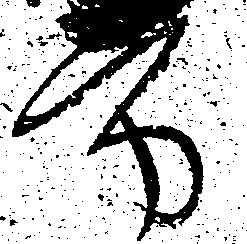
方